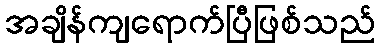
အချိန်ကျရောက်ပြီဖြစ်သည်